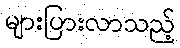
များပြားလာသည့်